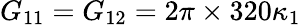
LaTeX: G_{11}=G_{12}=2\pi\times 320\kappa_{1}